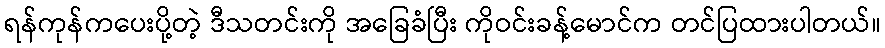
ရန်ကုန်ကပေးပို့တဲ့ ဒီသတင်းကို အခြေခံပြီး ကိုဝင်းခန့်မောင်က တင်ပြထားပါတယ်။